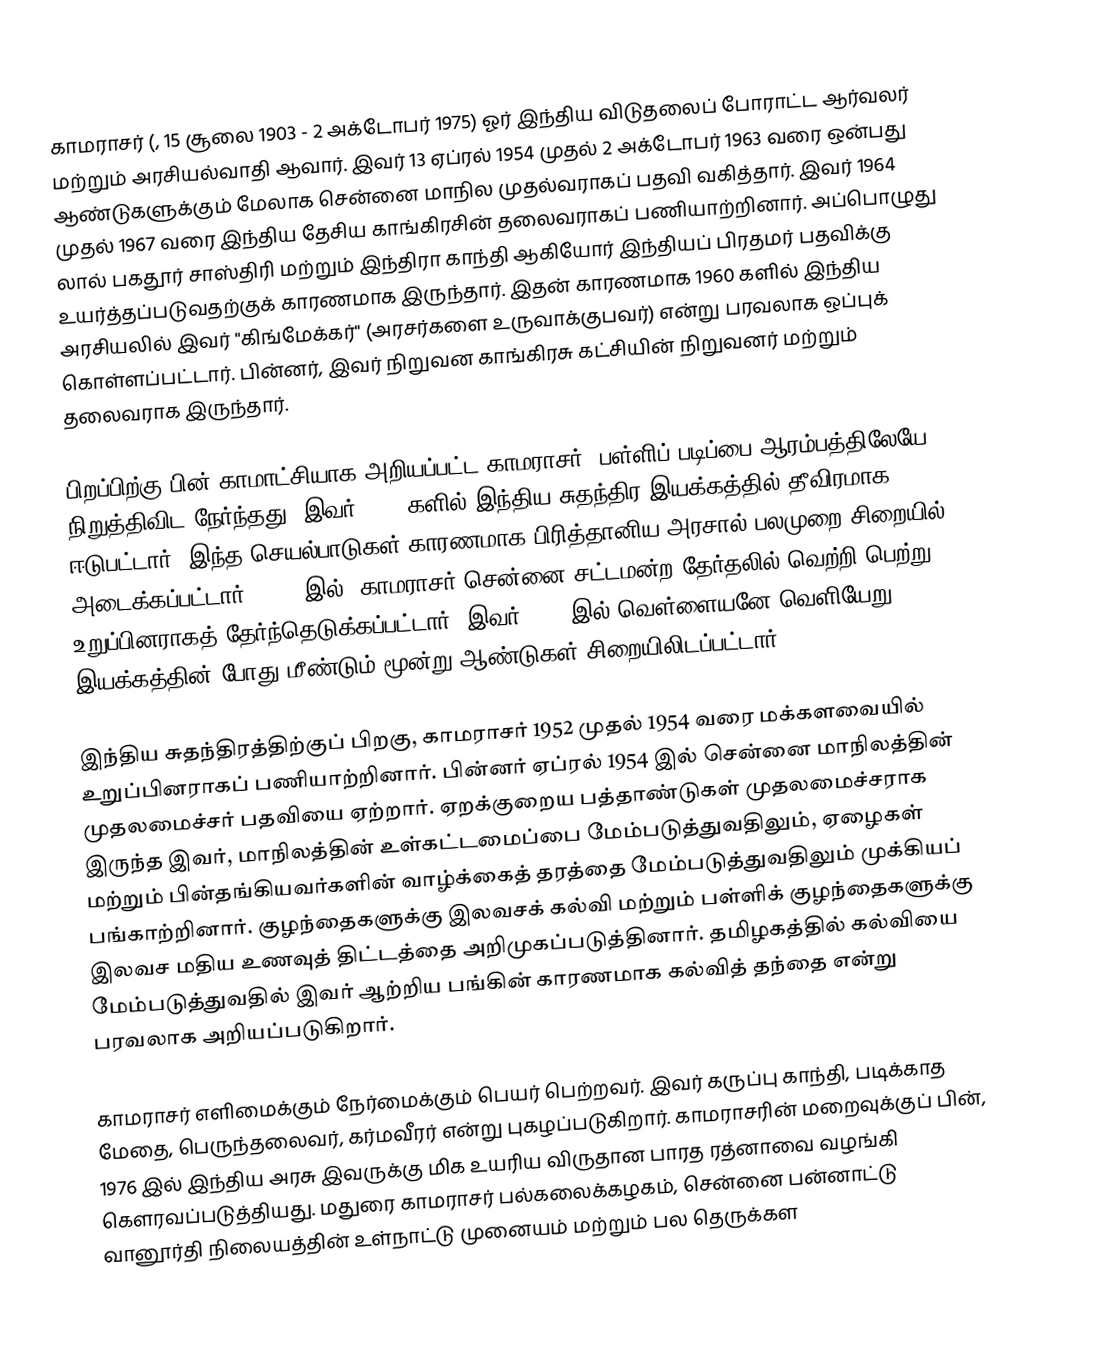
காமராசர் (, 15 சூலை 1903 - 2 அக்டோபர் 1975) ஓர் இந்திய விடுதலைப் போராட்ட ஆர்வலர் மற்றும் அரசியல்வாதி ஆவார். இவர் 13 ஏப்ரல் 1954 முதல் 2 அக்டோபர் 1963 வரை ஒன்பது ஆண்டுகளுக்கும் மேலாக சென்னை மாநில முதல்வராகப் பதவி வகித்தார். இவர் 1964 முதல் 1967 வரை இந்திய தேசிய காங்கிரசின் தலைவராகப் பணியாற்றினார். அப்பொழுது லால் பகதூர் சாஸ்திரி மற்றும் இந்திரா காந்தி ஆகியோர் இந்தியப் பிரதமர் பதவிக்கு உயர்த்தப்படுவதற்குக் காரணமாக இருந்தார். இதன் காரணமாக 1960 களில் இந்திய அரசியலில் இவர் "கிங்மேக்கர்" (அரசர்களை உருவாக்குபவர்) என்று பரவலாக ஒப்புக் கொள்ளப்பட்டார். பின்னர், இவர் நிறுவன காங்கிரசு கட்சியின் நிறுவனர் மற்றும் தலைவராக இருந்தார்.

பிறப்பிற்கு பின் காமாட்சியாக அறியப்பட்ட காமராசர், பள்ளிப் படிப்பை ஆரம்பத்திலேயே நிறுத்திவிட நேர்ந்தது. இவர் 1920 களில் இந்திய சுதந்திர இயக்கத்தில் தீவிரமாக ஈடுபட்டார். இந்த செயல்பாடுகள் காரணமாக பிரித்தானிய அரசால் பலமுறை சிறையில் அடைக்கப்பட்டார். 1937 இல், காமராசர் சென்னை சட்டமன்ற தேர்தலில் வெற்றி பெற்று உறுப்பினராகத் தேர்ந்தெடுக்கப்பட்டார். இவர் 1942 இல் வெள்ளையனே வெளியேறு இயக்கத்தின் போது மீண்டும் மூன்று ஆண்டுகள் சிறையிலிடப்பட்டார்.

இந்திய சுதந்திரத்திற்குப் பிறகு, காமராசர் 1952 முதல் 1954 வரை மக்களவையில் உறுப்பினராகப் பணியாற்றினார். பின்னர் ஏப்ரல் 1954 இல் சென்னை மாநிலத்தின் முதலமைச்சர் பதவியை ஏற்றார். ஏறக்குறைய பத்தாண்டுகள் முதலமைச்சராக இருந்த இவர், மாநிலத்தின் உள்கட்டமைப்பை மேம்படுத்துவதிலும், ஏழைகள் மற்றும் பின்தங்கியவர்களின் வாழ்க்கைத் தரத்தை மேம்படுத்துவதிலும் முக்கியப் பங்காற்றினார். குழந்தைகளுக்கு இலவசக் கல்வி மற்றும் பள்ளிக் குழந்தைகளுக்கு இலவச மதிய உணவுத் திட்டத்தை அறிமுகப்படுத்தினார். தமிழகத்தில் கல்வியை மேம்படுத்துவதில் இவர் ஆற்றிய பங்கின் காரணமாக கல்வித் தந்தை என்று பரவலாக அறியப்படுகிறார்.

காமராசர் எளிமைக்கும் நேர்மைக்கும் பெயர் பெற்றவர். இவர் கருப்பு காந்தி, படிக்காத மேதை, பெருந்தலைவர், கர்மவீரர் என்று புகழப்படுகிறார். காமராசரின் மறைவுக்குப் பின், 1976 இல் இந்திய அரசு இவருக்கு மிக உயரிய விருதான பாரத ரத்னாவை வழங்கி கௌரவப்படுத்தியது. மதுரை காமராசர் பல்கலைக்கழகம், சென்னை பன்னாட்டு வானூர்தி நிலையத்தின் உள்நாட்டு முனையம் மற்றும் பல தெருக்கள